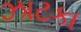
ઝાટકા